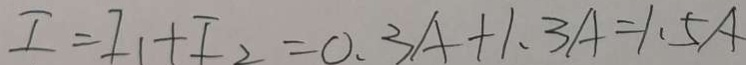
I = I _ { 1 } + I _ { 2 } = 0 . 3 A + 1 . 3 A = 1 . 5 A